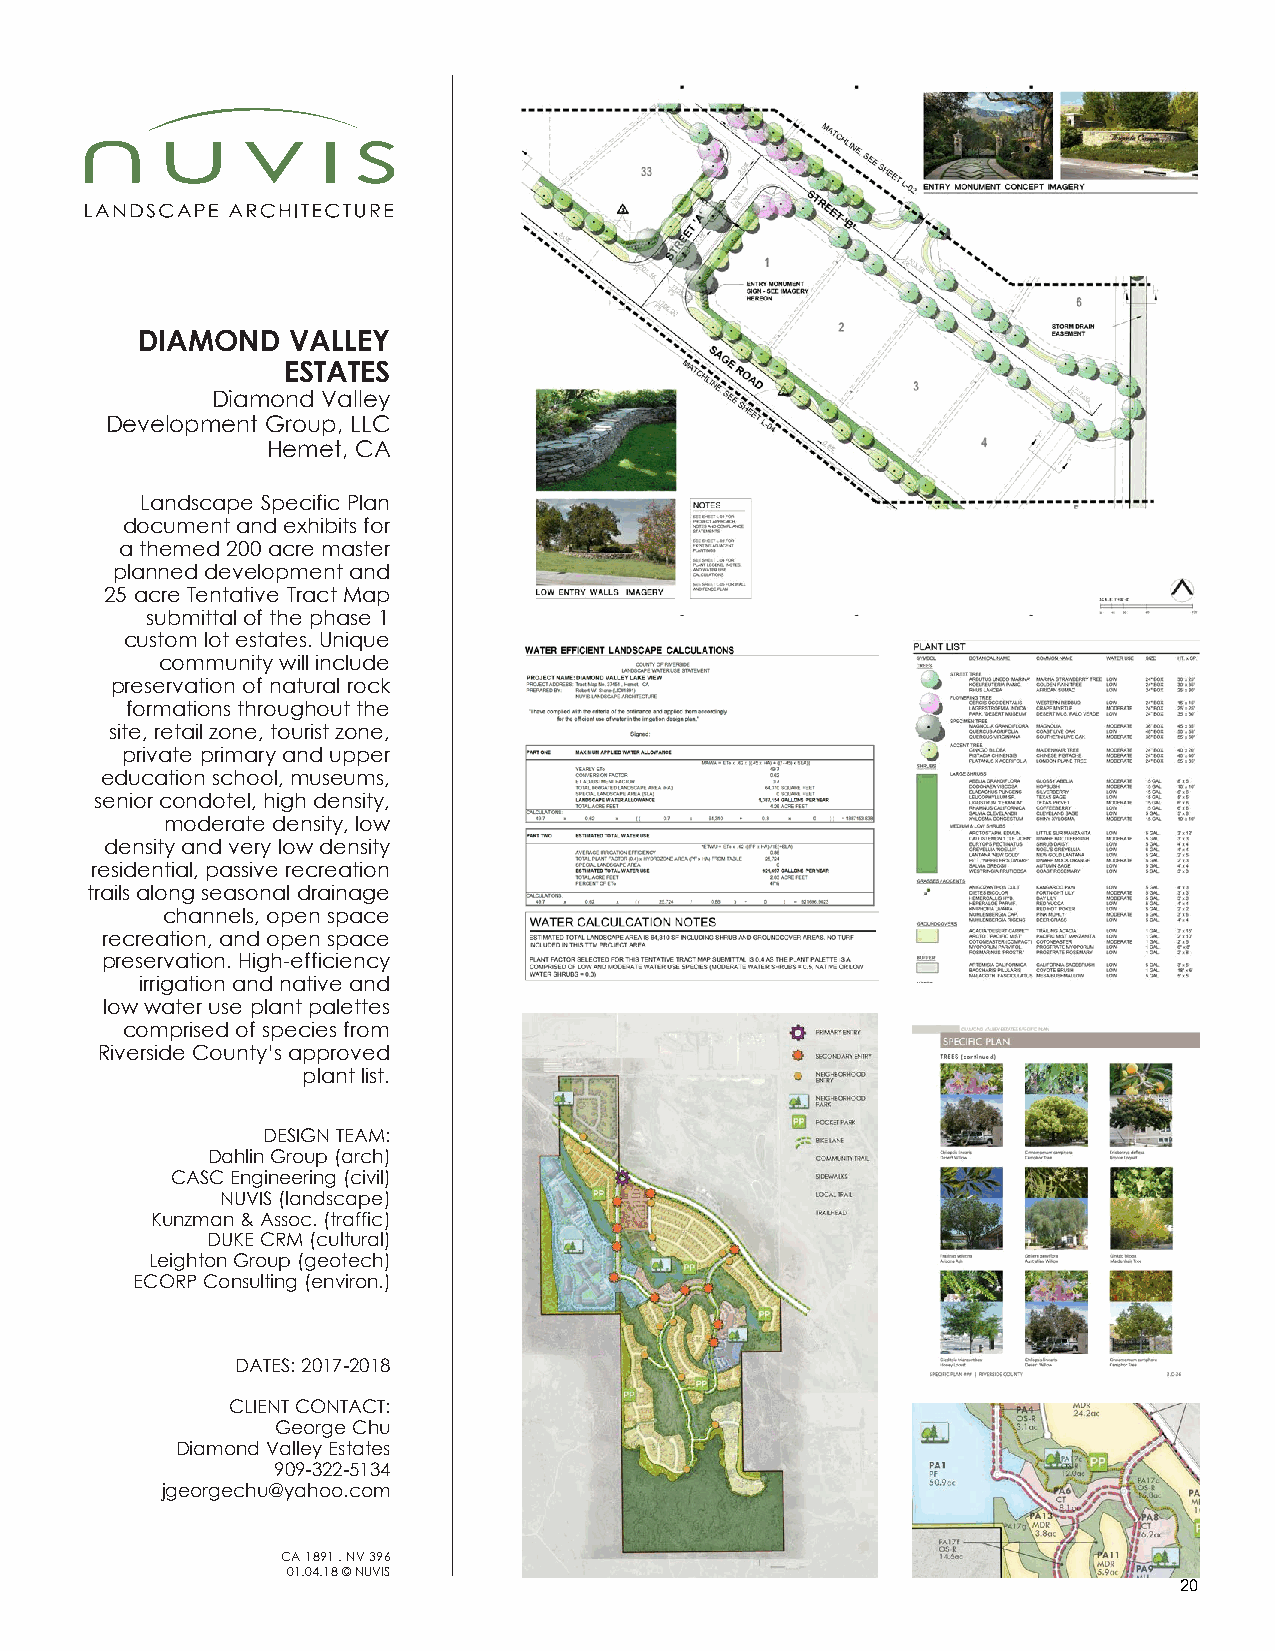
DIAMOND   VALLEY
 ESTATES
 Diamond Valley
 Development Group, LLC
 Hemet, CA
 Landscape Specific Plan
 document and exhibits for
 a themed 200 acre master
 planned development and
 25 acre Tentative Tract Map
 submittal of the phase 1
 custom lot estates. Unique
 community will include
 preservation of natural rock
 formations throughout the
 site, retail zone, tourist zone,
 private primary and upper
 education school, museums,
 senior condotel, high density,
 moderate density, low
 density and very low density
 residential, passive recreation
 trails along seasonal drainage
 channels, open space
 recreation, and open space
 preservation. High-efficiency
 irrigation and native and
 low water use plant palettes
 comprised of species from
 Riverside County’s approved
 plant list.
 DESIGN TEAM:
 Dahlin Group (arch)
 CASC Engineering (civil)
 NUVIS (landscape)
 Kunzman & Assoc. (traffic)
 DUKE CRM (cultural)
 Leighton Group (geotech)
 ECORP Consulting (environ.)
 DATES: 2017-2018
 CLIENT CONTACT:
 George Chu
 Diamond Valley Estates
 909-322-5134
 jgeorgechu@yahoo.com
 CA 1891 . NV 396
 01.04.18 © NUVIS
 20